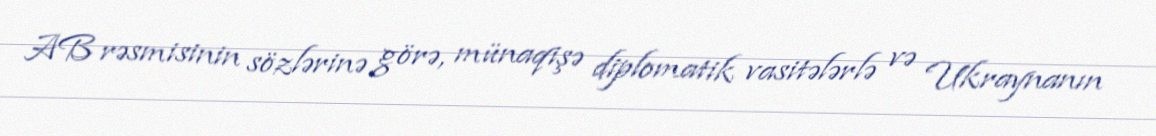
AB rəsmisinin sözlərinə görə, münaqişə diplomatik vasitələrlə və Ukraynanın